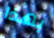
بهذا